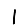
Digit: 1